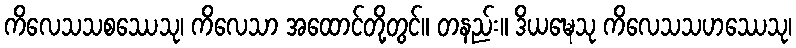
ကိလေသသစဿေသု၊ ကိလေသာ အထောင်တို့တွင်။ တနည်း။ ဒိယဍ္ဎေသု ကိလေသသဟဿေသု၊